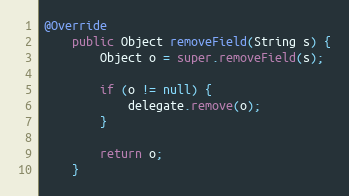
Language: Java
@Override
    public Object removeField(String s) {
        Object o = super.removeField(s);

        if (o != null) {
            delegate.remove(o);
        }

        return o;
    }